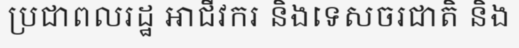
ប្រជាពលរដ្ឋ អាជីវករ និងទេសចរជាតិ និង